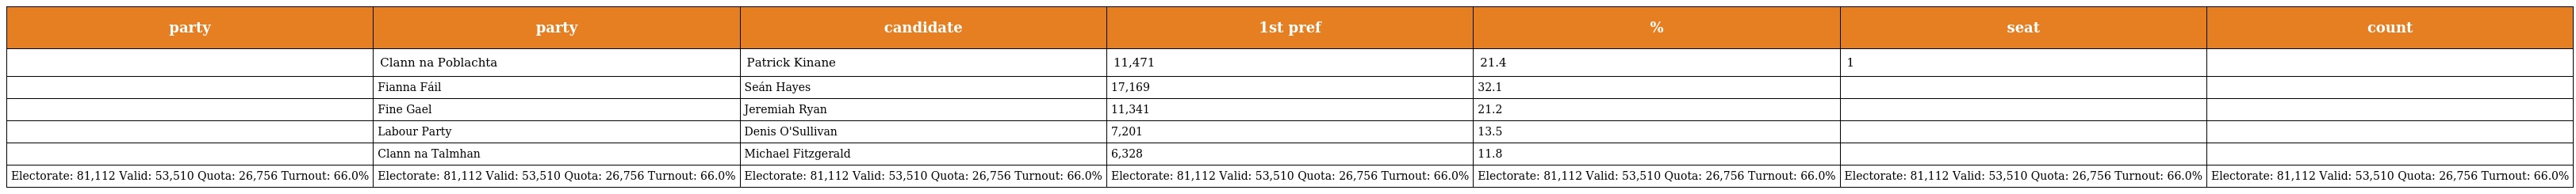
| party | party | candidate | 1st pref | % | seat | count |
 | --- | --- | --- | --- | --- | --- | --- |
 |  | Clann na Poblachta | Patrick Kinane | 11,471 | 21.4 | 1 |  |
 |  | Fianna Fáil | Seán Hayes | 17,169 | 32.1 |  |  |
 |  | Fine Gael | Jeremiah Ryan | 11,341 | 21.2 |  |  |
 |  | Labour Party | Denis O'Sullivan | 7,201 | 13.5 |  |  |
 |  | Clann na Talmhan | Michael Fitzgerald | 6,328 | 11.8 |  |  |
 | Electorate: 81,112 Valid: 53,510 Quota: 26,756 Turnout: 66.0% | Electorate: 81,112 Valid: 53,510 Quota: 26,756 Turnout: 66.0% | Electorate: 81,112 Valid: 53,510 Quota: 26,756 Turnout: 66.0% | Electorate: 81,112 Valid: 53,510 Quota: 26,756 Turnout: 66.0% | Electorate: 81,112 Valid: 53,510 Quota: 26,756 Turnout: 66.0% | Electorate: 81,112 Valid: 53,510 Quota: 26,756 Turnout: 66.0% | Electorate: 81,112 Valid: 53,510 Quota: 26,756 Turnout: 66.0% |